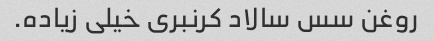
روغن سس سالاد کرنبری خیلی زیاده.